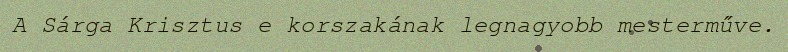
A Sárga Krisztus e korszakának legnagyobb mesterműve.